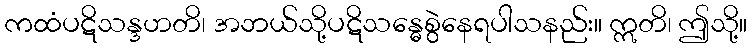
ကထံပဋိသန္ဒဟတိ၊ အဘယ်သို့ပဋိသန္ဓေစွဲနေရပါသနည်း။ ဣတိ၊ ဤသို့။